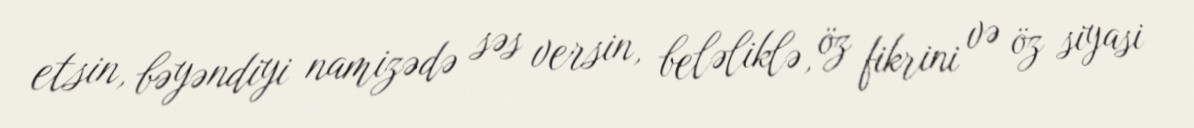
etsin, bəyəndiyi namizədə səs versin, beləliklə, öz fikrini və öz siyasi